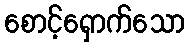
စောင့်ရှောက်သော